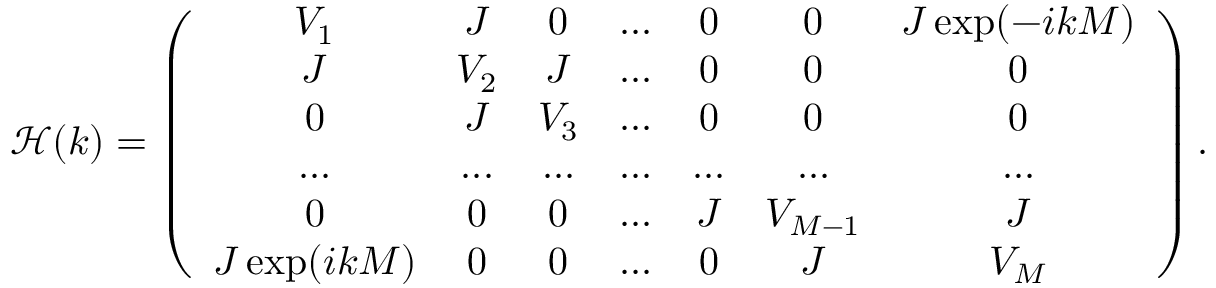
\mathcal { H } ( k ) = \left( \begin{array} { c c c c c c c } { V _ { 1 } } & { J } & { 0 } & { . . . } & { 0 } & { 0 } & { J \exp ( - i k M ) } \\ { J } & { V _ { 2 } } & { J } & { . . . } & { 0 } & { 0 } & { 0 } \\ { 0 } & { J } & { V _ { 3 } } & { . . . } & { 0 } & { 0 } & { 0 } \\ { . . . } & { . . . } & { . . . } & { . . . } & { . . . } & { . . . } & { . . . } \\ { 0 } & { 0 } & { 0 } & { . . . } & { J } & { V _ { M - 1 } } & { J } \\ { J \exp ( i k M ) } & { 0 } & { 0 } & { . . . } & { 0 } & { J } & { V _ { M } } \end{array} \right) .